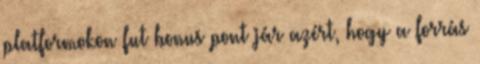
platformokon fut bonus pont jár azért, hogy a forrás